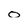
Character: o